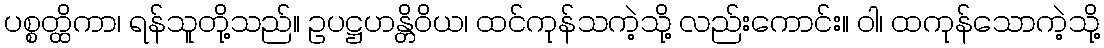
ပစ္စတ္ထိကာ၊ ရန်သူတို့သည်။ ဥပဋ္ဌဟန္တိဝိယ၊ ထင်ကုန်သကဲ့သို့ လည်းကောင်း။ ဝါ၊ ထကုန်သောကဲ့သို့